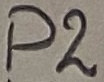
Text: P2